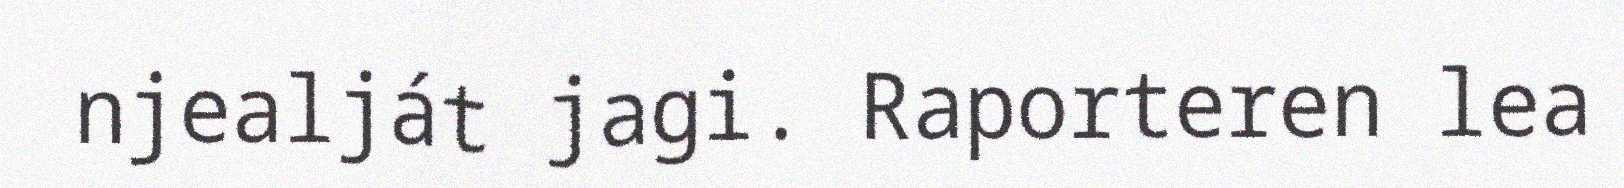
njealját jagi. Raporteren lea